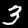
Digit: 3